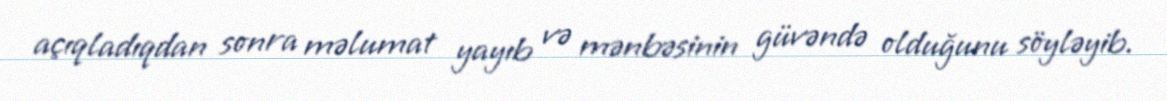
açıqladıqdan sonra məlumat yayıb və mənbəsinin güvəndə olduğunu söyləyib.